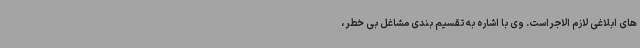
های ابلاغی لازم الاجراست. وی با اشاره به تقسیم بندی مشاغل بی خطر،